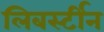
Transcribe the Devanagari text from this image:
लिबर्स्टीन